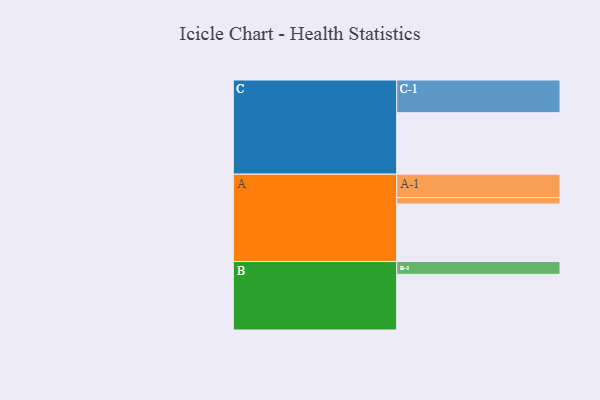
{"axis": {"x": "Segment", "y": "Value"}, "legend": ["", "A", "B", "C"], "data": [{"x": "A", "y": 519, "type": ""}, {"x": "B", "y": 502, "type": ""}, {"x": "C", "y": 555, "type": ""}, {"x": "A-1", "y": 211, "type": "A"}, {"x": "A-2", "y": 58, "type": "A"}, {"x": "B-1", "y": 116, "type": "B"}, {"x": "C-1", "y": 295, "type": "C"}]}